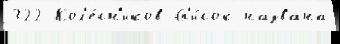
322 Кол'е́сн'иков Сп'и́сок названа